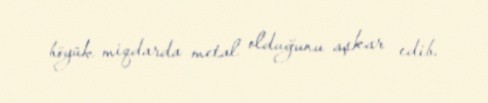
böyük miqdarda metal olduğunu aşkar edib.